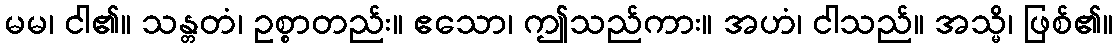
မမ၊ ငါ၏။ သန္တတံ၊ ဥစ္စာတည်း။ ဧသော၊ ဤသည်ကား။ အဟံ၊ ငါသည်။ အသ္မိ၊ ဖြစ်၏။